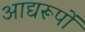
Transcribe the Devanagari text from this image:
आद्यरूपों